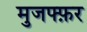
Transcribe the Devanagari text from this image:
मुजफ्फ़र